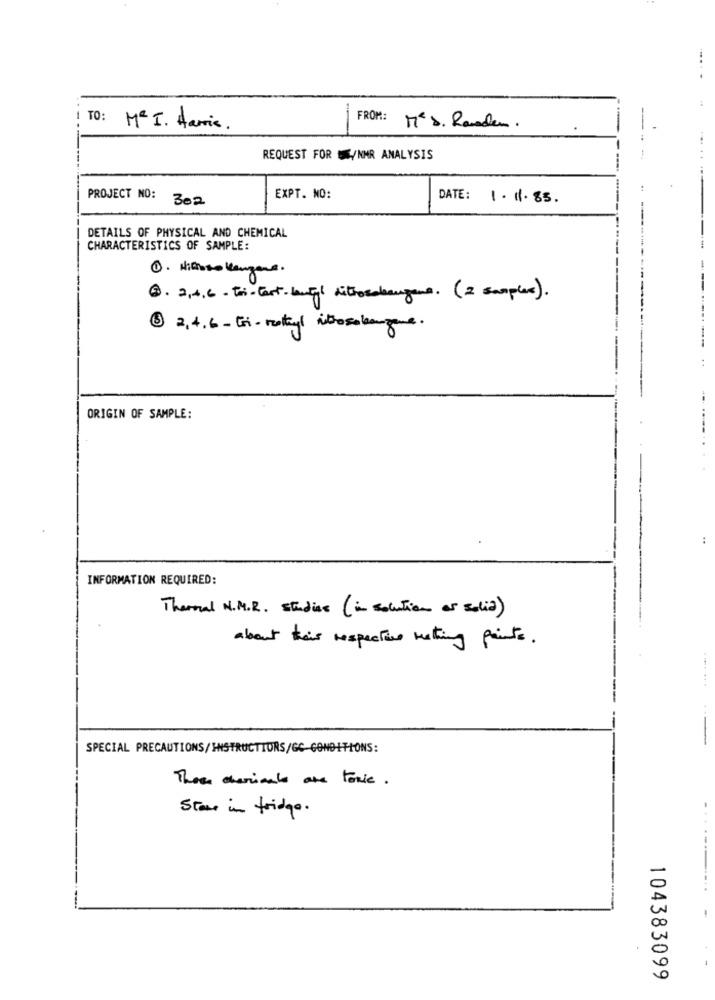
FROM:
TO: Me I. Harris.
Mes. Randen.
REQUEST FOR US/NMR ANALYSIS
PROJECT NO:
302
EXPT. NO:
DATE: 1.1.85.
DETAILS OF PHYSICAL AND CHEMICAL
CHARACTERISTICS OF SAMPLE:
1. Hithoso langene.
@. 2,4,6 - tri- test-lawful ditrosolangeme. (2 samples).
@ 2,4.6 - Gi- molteyl introsolangeme.
ORIGIN OF SAMPLE:
INFORMATION REQUIRED:
Thermal N.M.R. studie (in solution or solia)
about their respective nothing points.
SPECIAL PRECAUTIONS/INSTRUCTIONS/GC CONDITIONS:
These chemicals are toxic.
Stare in fridge.
104383099